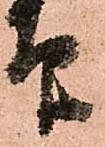
印